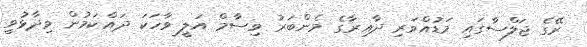
ރޭގެ ޖަލްސާގައި މަޑުއްވަރި ދާއިރާގެ މެންބަރު ވިސާމް އަލީ ވާހަކަ ދައްކަމުން ވިދާޅުވީ